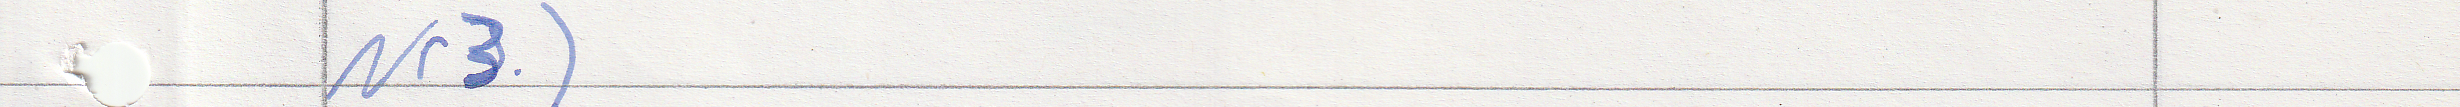
Nr3.)